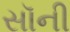
સૉની